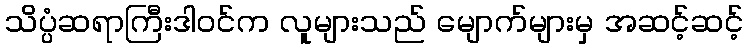
သိပ္ပံဆရာကြီးဒါဝင်က လူများသည် မျောက်များမှ အဆင့်ဆင့်